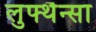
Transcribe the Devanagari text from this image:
लुफ्थैन्सा